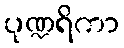
ပုဏ္ဍရိကာ